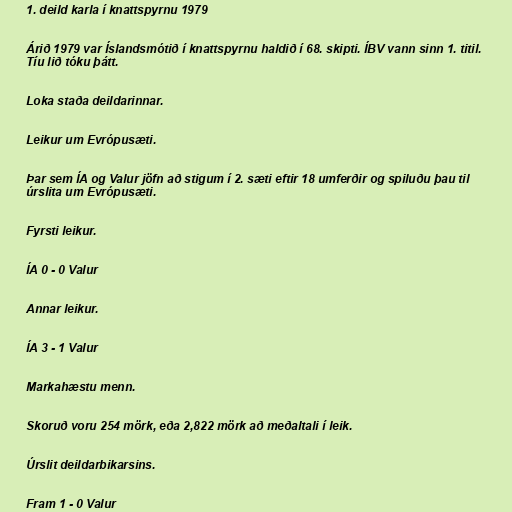
1. deild karla í knattspyrnu 1979

Árið 1979 var Íslandsmótið í knattspyrnu haldið í 68. skipti. ÍBV vann sinn 1. titil.
Tíu lið tóku þátt.

Loka staða deildarinnar.

Leikur um Evrópusæti.

Þar sem ÍA og Valur jöfn að stigum í 2. sæti eftir 18 umferðir og spiluðu þau til
úrslita um Evrópusæti.

Fyrsti leikur.

ÍA 0 - 0 Valur

Annar leikur.

ÍA 3 - 1 Valur

Markahæstu menn.

Skoruð voru 254 mörk, eða 2,822 mörk að meðaltali í leik.

Úrslit deildarbikarsins.

Fram 1 - 0 Valur